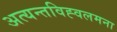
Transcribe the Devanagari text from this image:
अत्यन्तविह्वलमना